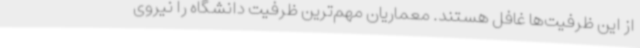
از این ظرفیت‌ها غافل‌ هستند. معماریان مهم‌ترین ظرفیت دانشگاه را نیروی